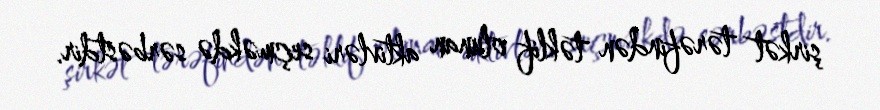
şirkət tərəfindən təklif olunan aktivləri seçməkdə sərbəstdir.